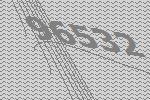
96532